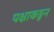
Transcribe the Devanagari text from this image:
पक्षाकडुन